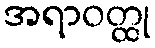
အရာဝတ္ထု